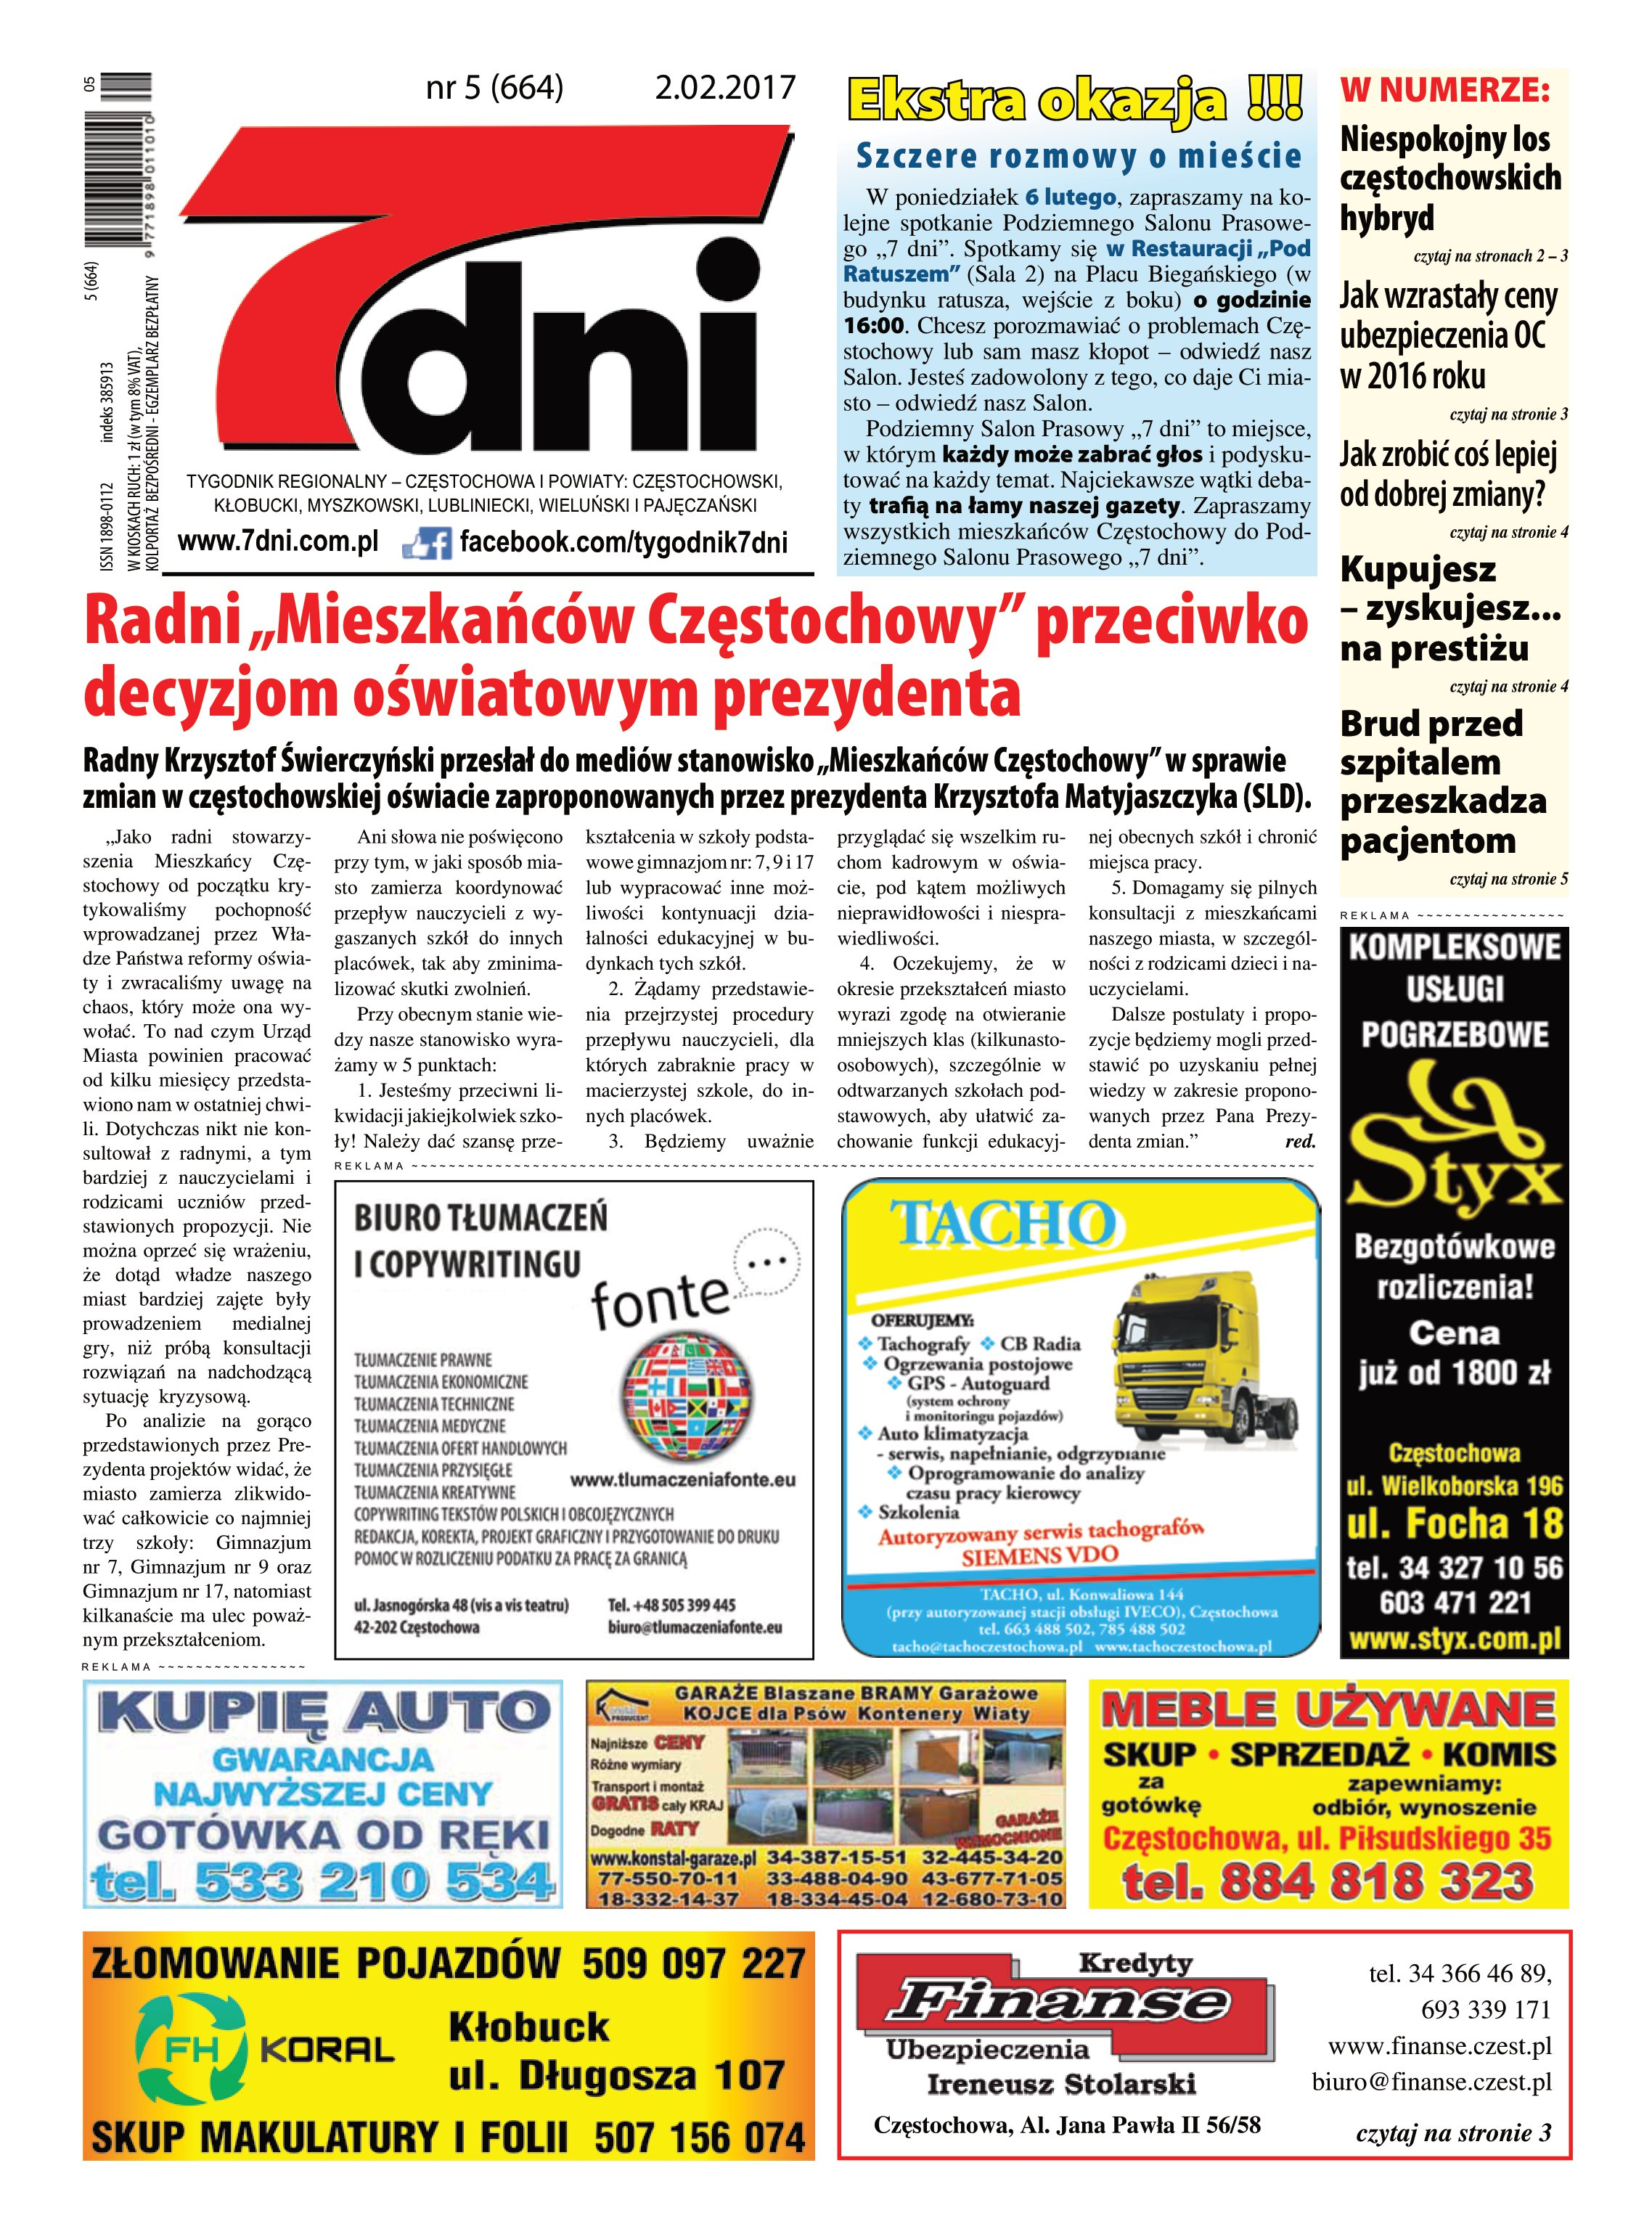
Language: pl